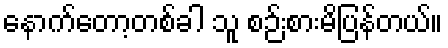
နောက်တော့တစ်ခါ သူ စဉ်းစားမိပြန်တယ်။